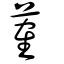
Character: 蒮